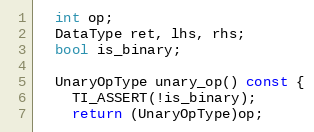
Language: C
  int op;
  DataType ret, lhs, rhs;
  bool is_binary;

  UnaryOpType unary_op() const {
    TI_ASSERT(!is_binary);
    return (UnaryOpType)op;